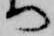
へ